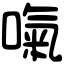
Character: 𠺪